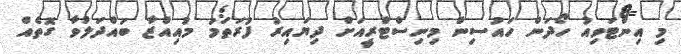
މި އިންޓަވިއު ހޯދަން ހައުސިން މިނިސްޓްރީއަށް ދިޔައިރު ފުރަތަމަ މުއިއްޒާ ބައްދަލުވާ ގޮތެއް